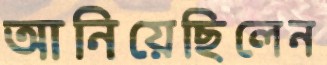
আনিয়েছিলেন